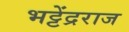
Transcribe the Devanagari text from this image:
भट्टेंद्रराज